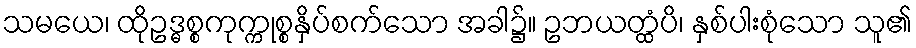
သမယေ၊ ထိုဥဒ္ဓစ္စကုက္ကုစ္စနှိပ်စက်သော အခါ၌။ ဥဘယတ္ထံပိ၊ နှစ်ပါးစုံသော သူ၏